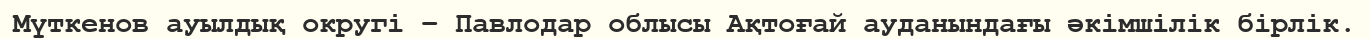
Мүткенов ауылдық округі – Павлодар облысы Ақтоғай ауданындағы әкімшілік бірлік.